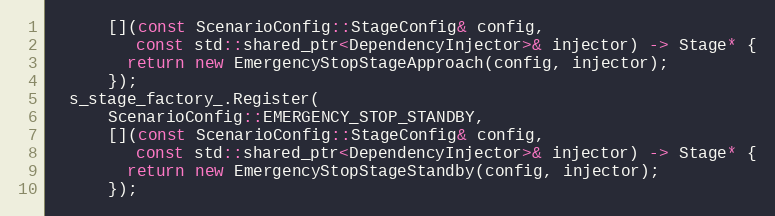
Language: C++
      [](const ScenarioConfig::StageConfig& config,
         const std::shared_ptr<DependencyInjector>& injector) -> Stage* {
        return new EmergencyStopStageApproach(config, injector);
      });
  s_stage_factory_.Register(
      ScenarioConfig::EMERGENCY_STOP_STANDBY,
      [](const ScenarioConfig::StageConfig& config,
         const std::shared_ptr<DependencyInjector>& injector) -> Stage* {
        return new EmergencyStopStageStandby(config, injector);
      });